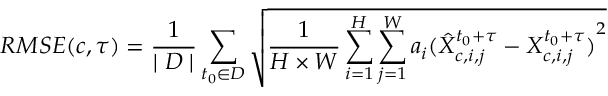
R M S E ( c , \tau ) = \frac { 1 } { \mid D \mid } \sum _ { t _ { 0 } \in D } \sqrt { \frac { 1 } { H \times W } \sum _ { i = 1 } ^ { H } \sum _ { j = 1 } ^ { W } a _ { i } { ( \hat { X } _ { c , i , j } ^ { t _ { 0 } + \tau } - X _ { c , i , j } ^ { t _ { 0 } + \tau } ) } ^ { 2 } }